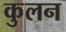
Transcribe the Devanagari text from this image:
कुलन